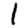
Digit: 1